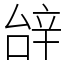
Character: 辝